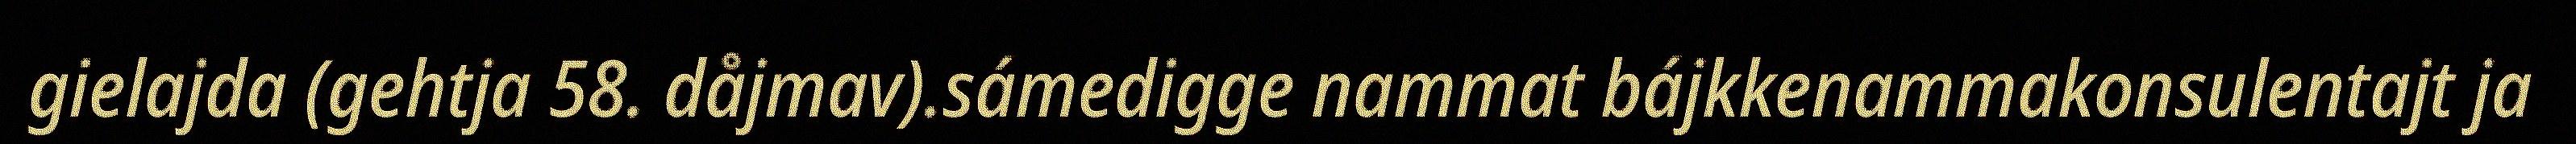
gielajda (gehtja 58. dåjmav).sámedigge nammat bájkkenammakonsulentajt ja